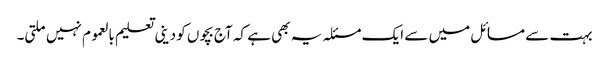
بہت سے مسائل میں سے ایک مسئلہ یہ بھی ہے کہ آج بچوں کو دینی تعلیم بالعموم نہیں ملتی۔